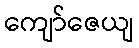
ကျော်ဇေယျ